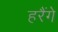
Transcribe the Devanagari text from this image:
हरैंगे